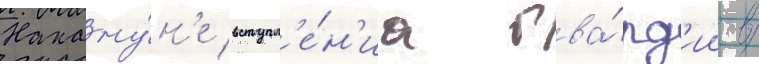
Накану́н'е вступл'е́н'иа гва́рд'ии в